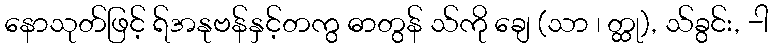
နောသုတ်ဖြင့် ရ်အနုဗန်နှင့်တကွ ဓာတွန် သ်ကို ချေ (သာ ၊ တ္ထု), သ်ခွင်း, -ါ